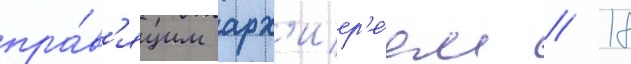
пра́в'ящим арх'иер'е́ем // 18